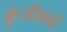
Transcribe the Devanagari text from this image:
कुंजीशब्दों